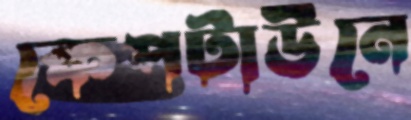
কেপটাউনে